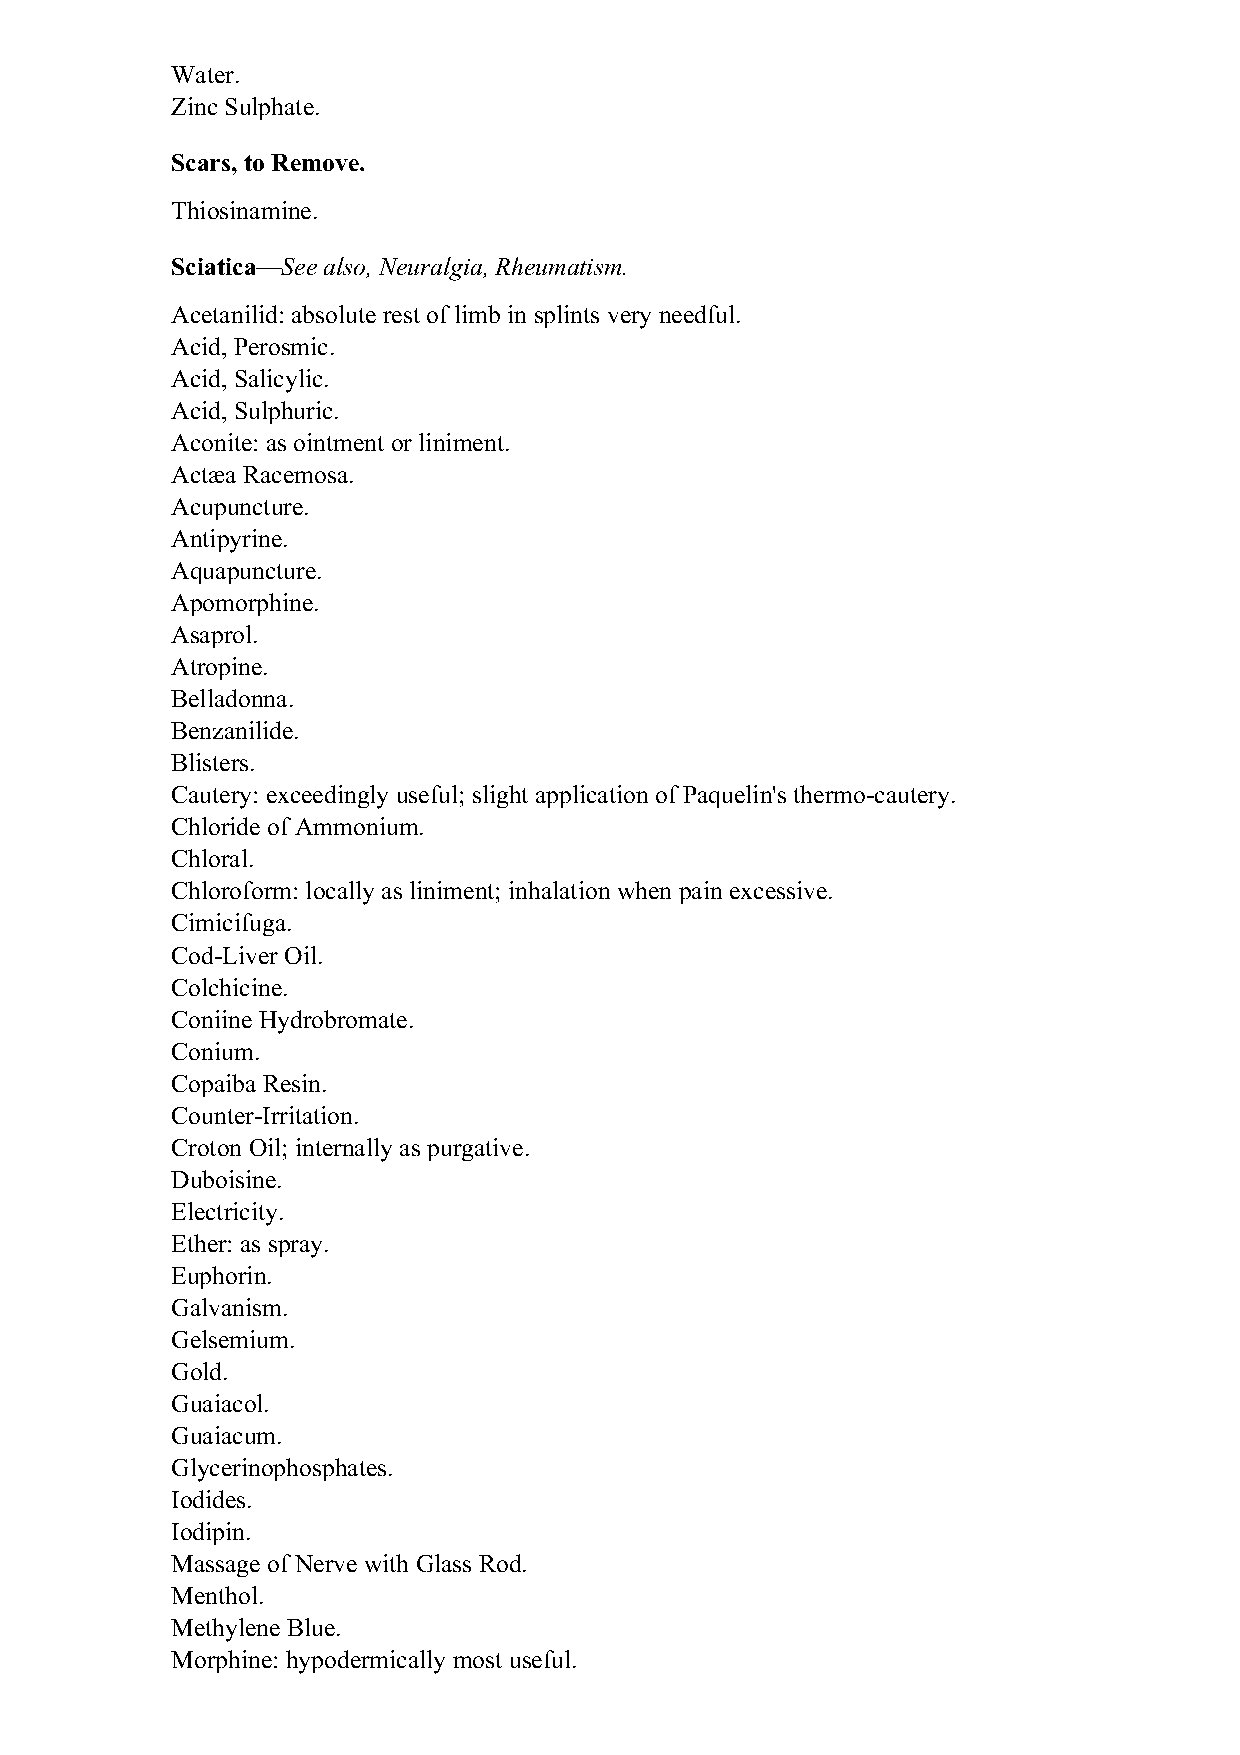
Water.
 Zinc Sulphate.
 Scars, to Remove.
 Thiosinamine.
 Sciatica—See also, Neuralgia, Rheumatism.
 Acetanilid: absolute rest of limb in splints very needful.
 Acid, Perosmic.
 Acid, Salicylic.
 Acid, Sulphuric.
 Aconite: as ointment or liniment.
 Actæa Racemosa.
 Acupuncture.
 Antipyrine.
 Aquapuncture.
 Apomorphine.
 Asaprol.
 Atropine.
 Belladonna.
 Benzanilide.
 Blisters.
 Cautery: exceedingly useful; slight application of Paquelin's thermo-cautery.
 Chloride of Ammonium.
 Chloral.
 Chloroform: locally as liniment; inhalation when pain excessive.
 Cimicifuga.
 Cod-Liver Oil.
 Colchicine.
 Coniine Hydrobromate.
 Conium.
 Copaiba Resin.
 Counter-Irritation.
 Croton Oil; internally as purgative.
 Duboisine.
 Electricity.
 Ether: as spray.
 Euphorin.
 Galvanism.
 Gelsemium.
 Gold.
 Guaiacol.
 Guaiacum.
 Glycerinophosphates.
 Iodides.
 Iodipin.
 Massage of Nerve with Glass Rod.
 Menthol.
 Methylene Blue.
 Morphine: hypodermically most useful.